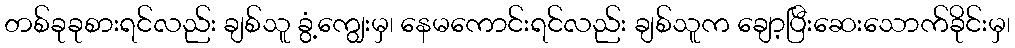
တစ်ခုခုစားရင်လည်း ချစ်သူ ခွံ့ကျွေးမှ၊ နေမကောင်းရင်လည်း ချစ်သူက ချော့ပြီးဆေးသောက်ခိုင်းမှ၊